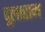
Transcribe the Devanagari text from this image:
दूलाराम